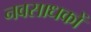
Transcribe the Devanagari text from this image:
नवसाधकों